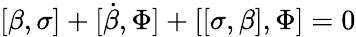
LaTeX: [\beta,\sigma]+[\dot{\beta},\Phi]+[[\sigma,\beta],\Phi]=0